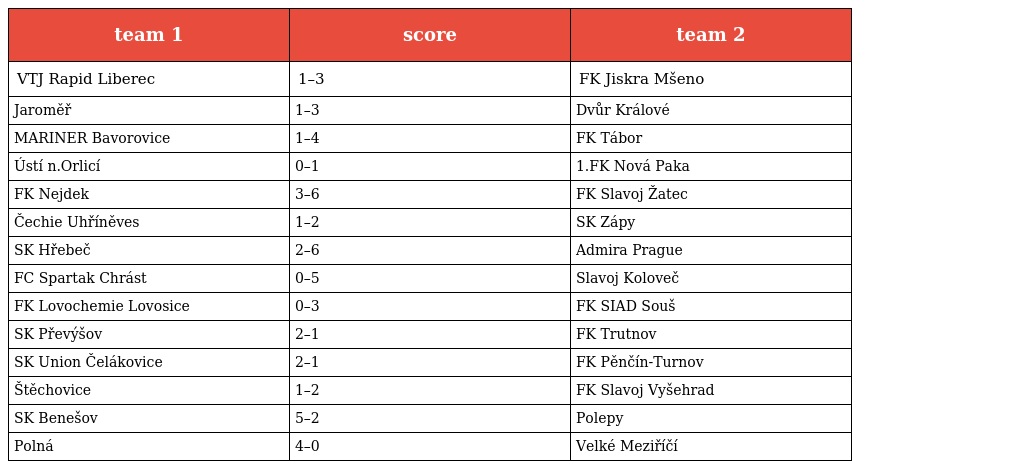
| team 1 | score | team 2 |
 | --- | --- | --- |
 | VTJ Rapid Liberec | 1–3 | FK Jiskra Mšeno |
 | Jaroměř | 1–3 | Dvůr Králové |
 | MARINER Bavorovice | 1–4 | FK Tábor |
 | Ústí n.Orlicí | 0–1 | 1.FK Nová Paka |
 | FK Nejdek | 3–6 | FK Slavoj Žatec |
 | Čechie Uhříněves | 1–2 | SK Zápy |
 | SK Hřebeč | 2–6 | Admira Prague |
 | FC Spartak Chrást | 0–5 | Slavoj Koloveč |
 | FK Lovochemie Lovosice | 0–3 | FK SIAD Souš |
 | SK Převýšov | 2–1 | FK Trutnov |
 | SK Union Čelákovice | 2–1 | FK Pěnčín-Turnov |
 | Štěchovice | 1–2 | FK Slavoj Vyšehrad |
 | SK Benešov | 5–2 | Polepy |
 | Polná | 4–0 | Velké Meziříčí |